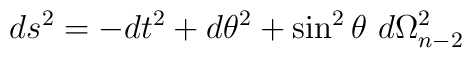
ds^2 = - dt^2 + d\theta^2 + \sin^2 \theta\ d\Omega^2_{n-2}